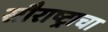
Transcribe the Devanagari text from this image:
सौराष्ट्राचा